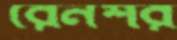
রেনশর